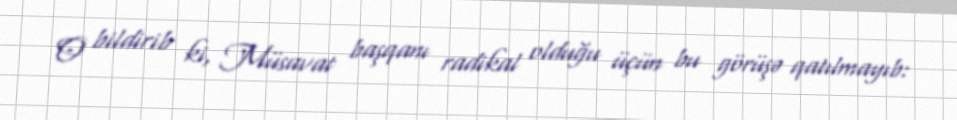
O bildirib ki, Müsavat başqanı radikal olduğu üçün bu görüşə qatılmayıb: